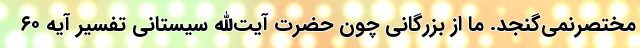
مختصرنمی‌گنجد. ما از بزرگانی چون حضرت آیت‌الله سیستانی تفسیر آیه ۶۰